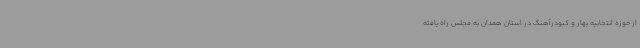
از حوزه انتخابیه بهار و کبودرآهنگ در استان همدان به مجلس راه یافته